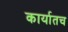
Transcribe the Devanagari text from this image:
कार्यातच